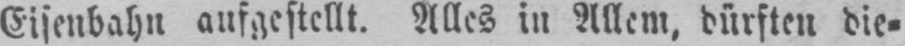
Eisenbahn aufgestellt. Alles in Allem, dürften die⸗